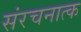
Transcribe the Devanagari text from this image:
संरचनात्क